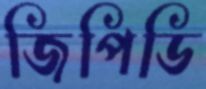
জিপিডি